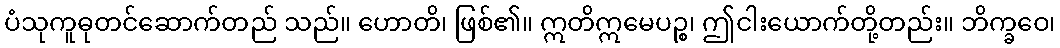
ပံသုကူဓုတင်ဆောက်တည် သည်။ ဟောတိ၊ ဖြစ်၏။ ဣတိဣမေပဉ္စ၊ ဤငါးယောက်တို့တည်း။ ဘိက္ခဝေ၊